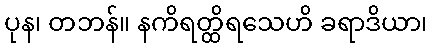
ပုန၊ တဘန်။ နကိရတ္ထိရသေဟိ ခရာဒိယာ၊